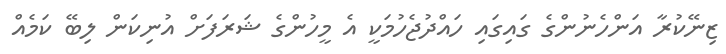
ޒިނޭކުރާ އަންހެނުންގެ ގައިގައި ހައްދުޖެހުމަކީ އެ މީހުންގެ ޝަރަފަށް އުނިކަން ލިބޭ ކަމެއް